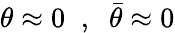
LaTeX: \theta\approx 0\; \; ,\; \; \bar{\theta}\approx 0